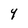
Character: Y